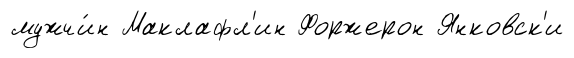
мужчи́н Маклафл'ин Форжерон Янковск'и